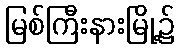
မြစ်ကြီးနားမြို့၌